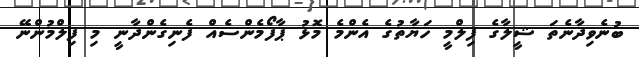
ބުނެވިދާނެތަ ޝީލާގެ ފިލްމީ ހަޔާތުގެ އެންމެ މޮޅު ޕާފޯމެންސެއް ފެނިގެންދާނީ މި ފިލްމުންނޭ